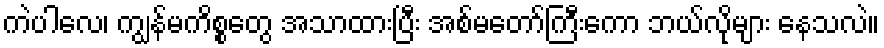
ကဲပါလေ၊ ကျွန်မကိစ္စတွေ အသာထားပြီး အစ်မတော်ကြီးကော ဘယ်လိုများ နေသလဲ။